Civil Veterinary Department Bengal reports 1933-51 - 1933-1951
Year: 1933
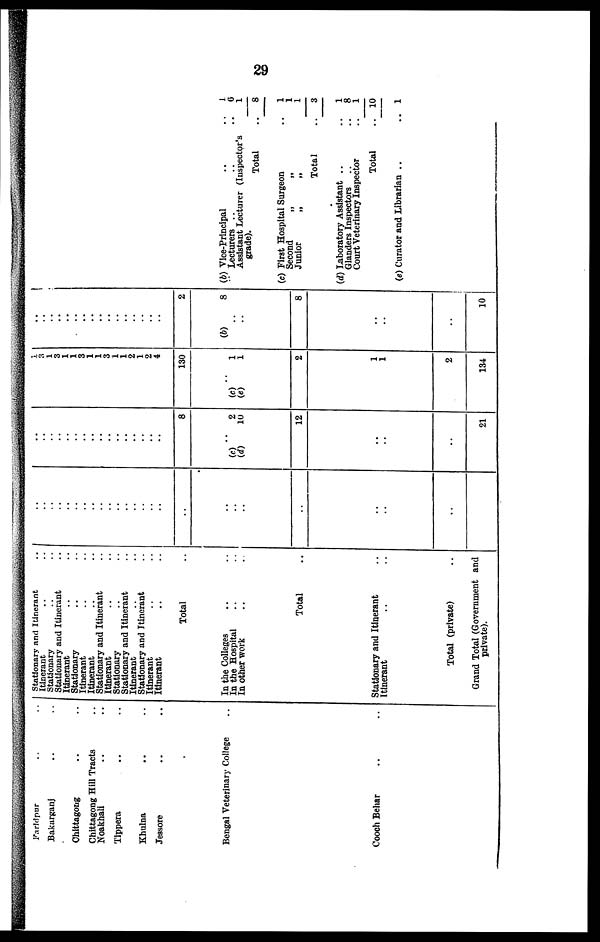
29
Faridpur .. ..
Bakarganj .. ..
Chittagong .. ..
Chittagong Hill Tracts ..
Noakhali .. ..
Tippera
.. ..
Khulna .. ..
Jessore .. ..
Bengal Veterinary College ..
Cooch Behar .. ..
Stationary and Itinerant ..
Itinerant .. ..
Stationary .. ..
Stationary and Itinerant ..
Itinerant .. ..
Stationary .. ..
Itinerant .. ..
Itinerant .. ..
Stationary and Itinerant ..
Itinerant .. ..
Stationary .. ..
Stationary and Itinerant ..
Itinerant .. ..
Stationary and Itinerant ..
Itinerant .. ..
Itinerant .. ..
Total ..
In the Colleges .. ..
In the Hospital .. ..
In other work .. ..
Total ..
Stationary and Itinerant ..
Itinerant .. ..
Total (private) ..
Grand Total (Government and
private).
..
..
..
..
..
..
..
..
..
..
..
..
..
..
..
..
..
..
..
..
..
..
..
..
..
..
..
..
..
..
..
..
..
..
..
..
..
..
..
..
..
8
..
(c)
2
(d)
10
12
..
..
..
21
1
1
1
3
1
1
3
1
1
3
1
1
2
1
2
4
130
..
(c)
1
(e)
1
2
1
1
2
134
..
..
..
..
..
..
..
..
..
..
..
..
..
..
..
..
2
(b)
8
..
..
8
..
..
..
10
(b) Vice-Principal
..
..
„ Lecturers ..
..
Assistant Lecturer (Inspector's
grade).
Total
..
(c) First Hospital Surgeon
..
Second
„
„
Junior
„
„
Total
..
(d) Laboratory Assistant ..
..
Glanders Inspectors
..
Court Veterinary Inspector
..
Total
..
(e) Curator and Librarian ..
..
6
1
8
1
1
1
3
1
8
1
10
1